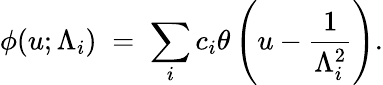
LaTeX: \phi(u;\Lambda_{i})\; =\; \sum_{i}c_{i}\theta\left(u-\frac{1}{\Lambda_{i}^{2}}\right).